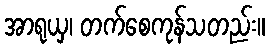
အာရုယှ၊ တက်စေကုန်သတည်း။